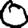
Digit: 0